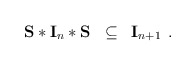
\begin{align*}\begin{array}{lll}{\bf S*I}_n*{\bf S} & \subseteq & {\bf I}_{n+1}\end{array}{}.\end{align*}